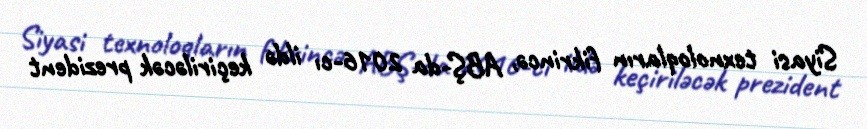
Siyasi texnoloqların fikrincə, ABŞ-da 2016-cı ildə keçiriləcək prezident